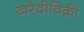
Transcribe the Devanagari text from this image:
खरेदीविक्री